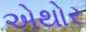
એથોર